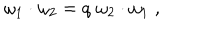
\omega _ { 1 } \cdot \omega _ { 2 } = q \; \omega _ { 2 } \cdot \omega _ { 1 } \; ,